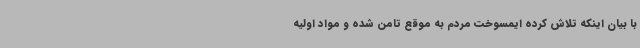
با بیان اینکه تلاش کرده ایمسوخت مردم به موقع تامن شده و مواد اولیه